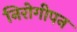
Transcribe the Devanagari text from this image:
निरोगीपन